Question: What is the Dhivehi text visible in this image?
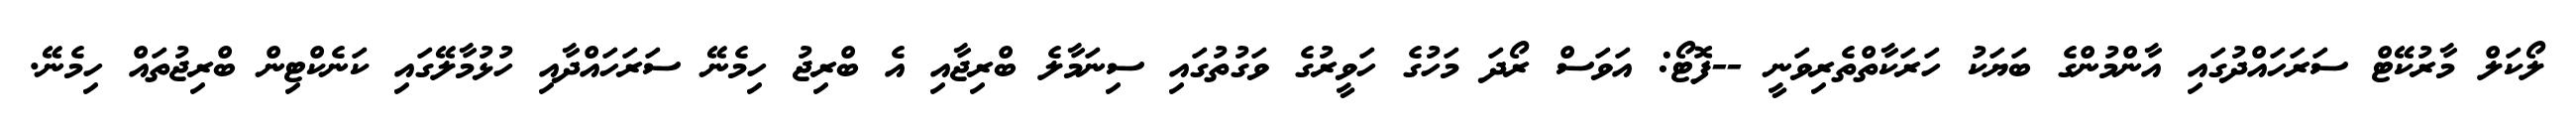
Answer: ލޯކަލް މާރުކޭޓް ސަރަހައްދުގައި އާންމުންގެ ބަޔަކު ހަރަކާތްތެރިވަނީ --ފޮޓޯ: އަވަސް ރޯދަ މަހުގެ ހަވީރުގެ ވަގުތުގައި ސިނަމާލެ ބްރިޖާއި އެ ބްރިޖު ހިމެނޭ ސަރަހައްދާއި ހުޅުމާލޭގައި ކަނެކްޓިން ބްރިޖުތައް ހިމެނޭ.